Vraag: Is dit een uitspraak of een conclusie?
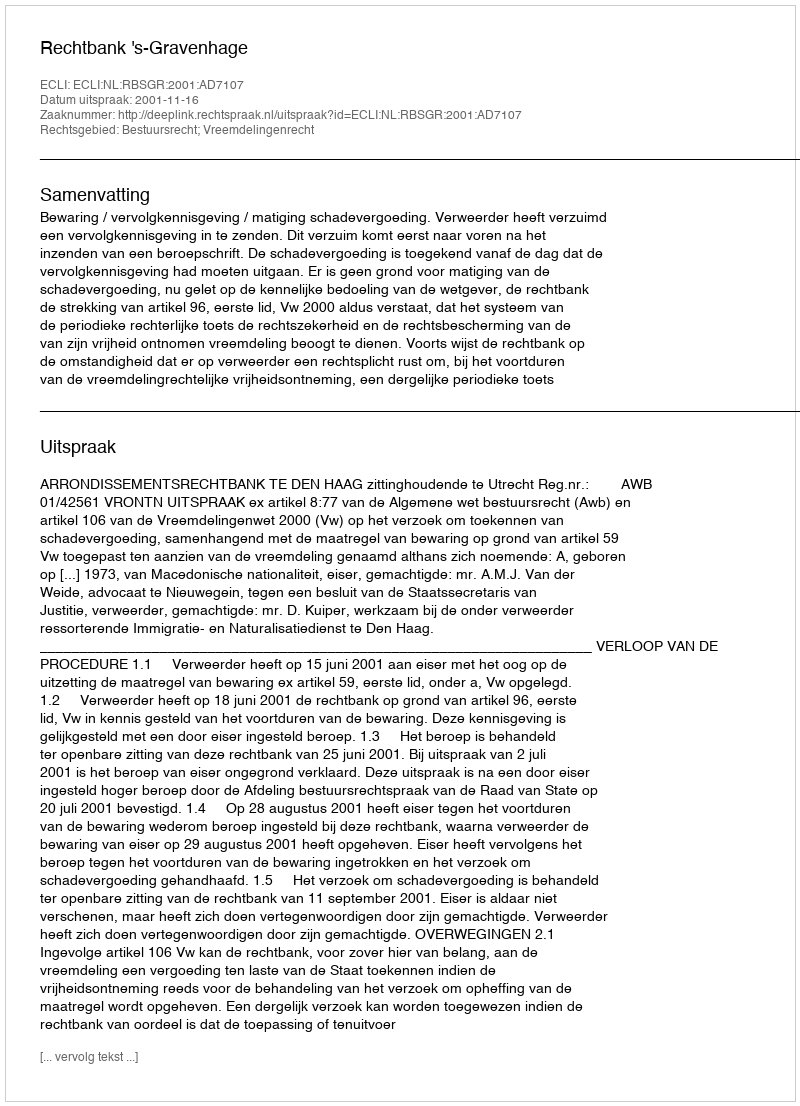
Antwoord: Uitspraak